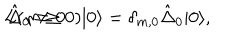
L ( m \geq 0 ) | 0 \rangle = \delta _ { m , 0 } \hat { \Delta } _ { 0 } | 0 \rangle , \hspace { . 2 i n } \hat { \Delta } _ { 0 } \neq 0